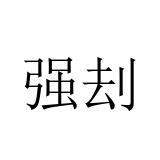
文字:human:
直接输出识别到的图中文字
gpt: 强刦